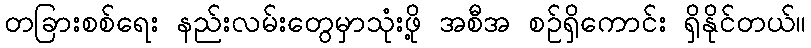
တခြားစစ်ရေး နည်းလမ်းတွေမှာသုံးဖို့ အစီအ စဉ်ရှိကောင်း ရှိနိုင်တယ်။